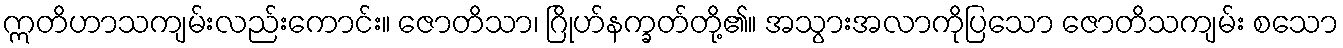
ဣတိဟာသကျမ်းလည်းကောင်း။ ဇောတိသာ၊ ဂြိုဟ်နက္ခတ်တို့၏။ အသွားအလာကိုပြသော ဇောတိသကျမ်း စသော